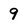
Character: 9